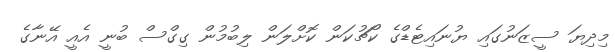
މިދިޔަ ސީޒަނުގައި ޔުނައިޓެޑްގެ ކޯޗުކަން ކޮށްލަން ލިބުމުން ގިގްސް ބުނީ އެއީ އޭނާގެ